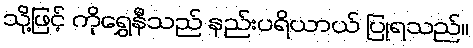
သို့ဖြင့် ကိုရွှေနီသည် နည်းပရိယာယ် ပြုရသည်။